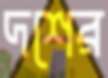
দশের